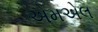
એમએલ